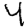
Digit: 4